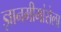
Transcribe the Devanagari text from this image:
ज्ञानमीमांसेला